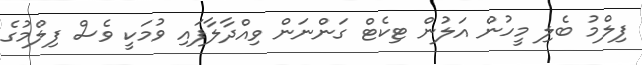
ފިލްމު ބެލި މީހުން އަލުން ޓިކެޓް ގަންނަން ވިއްދާލާފައި ވުމަކީ ވެސް ފިލްމުގެ